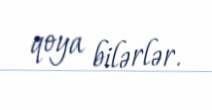
qoya bilərlər.